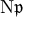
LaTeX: \mathrm { N } { \mathfrak { p } }